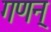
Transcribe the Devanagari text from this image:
गणन्